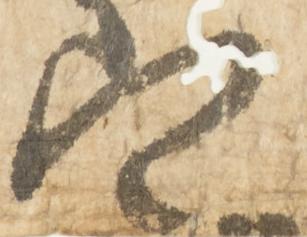
定